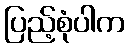
ပြည့်စုံပါက